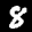
Label: 8